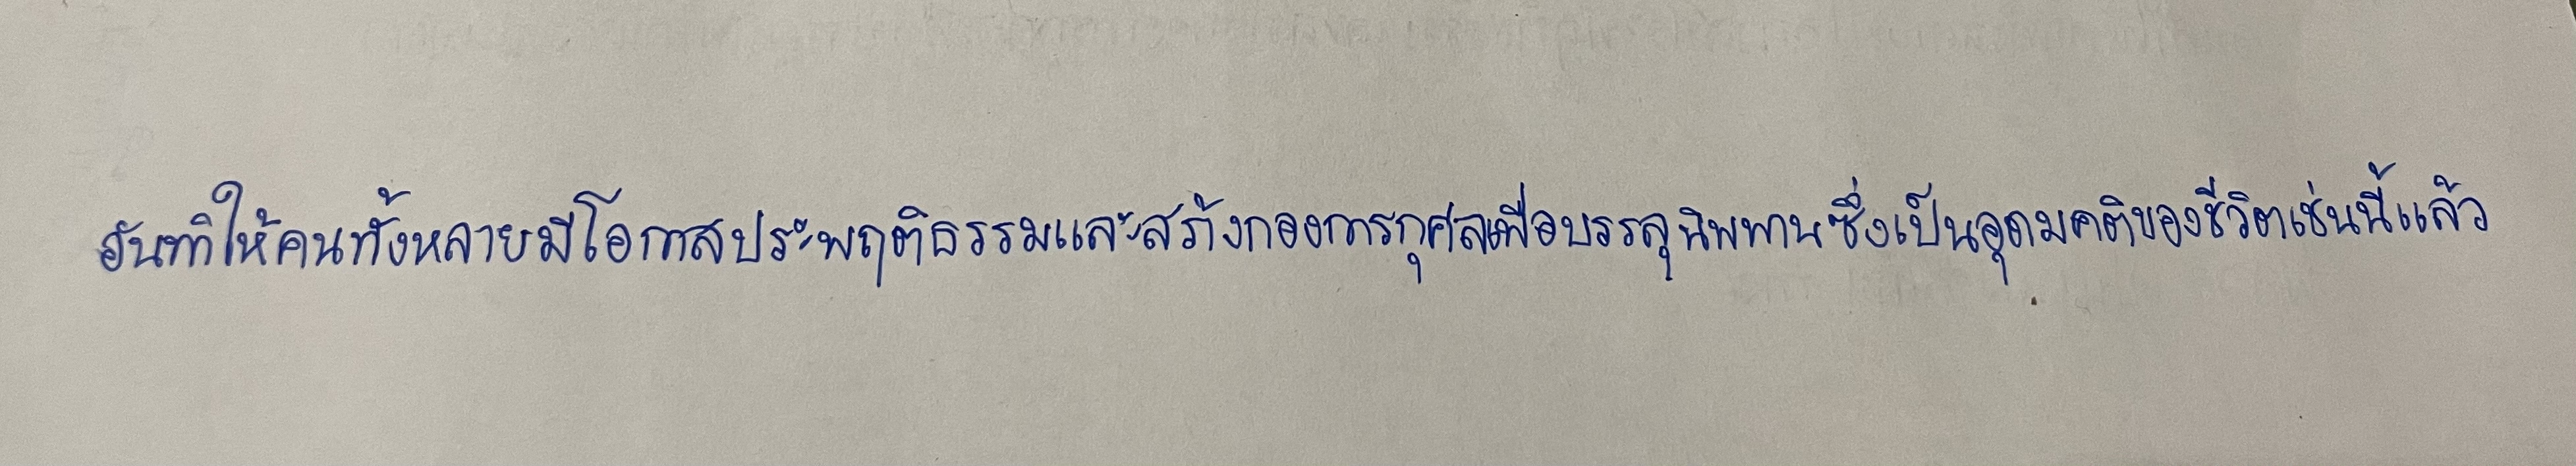
อันทำให้คนทั้งหลายมีโอกาสประพฤติธรรมและสร้างกองการกุศลเพื่อบรรลุนิพพานซึ่งเป็นอุดมคติของชีวิตเช่นนี้แล้ว